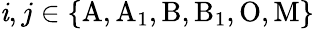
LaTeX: \mathit{i},j\in\{ \mathrm{{A,A_{1},B,B_{1},O,M}}\}